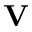
\mathbf { V }